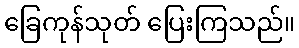
ခြေကုန်သုတ် ပြေးကြသည်။